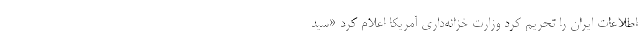
اطلاعات ایران را تحریم کرد وزارت خزانه‌داری آمریکا اعلام کرد «سید